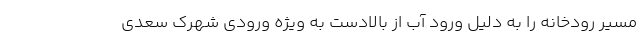
مسیر رودخانه را به دلیل ورود آب از بالادست به ویژه ورودی شهرک سعدی